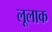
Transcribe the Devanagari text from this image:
लूलाक